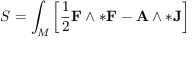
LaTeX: S = \int _ { M } \left[ { \frac { 1 } { 2 } } \mathbf { F } \wedge * \mathbf { F } - \mathbf { A } \wedge * \mathbf { J } \right]